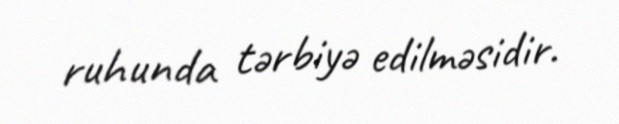
ruhunda tərbiyə edilməsidir.